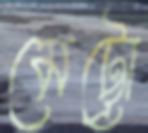
মেট্ট্রো